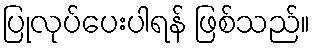
ပြုလုပ်ပေးပါရန် ဖြစ်သည်။